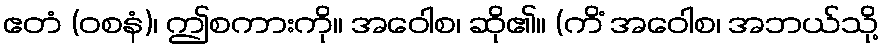
ဧတံ (ဝစနံ)၊ ဤစကားကို။ အဝေါစ၊ ဆို၏။ (ကိံ အဝေါစ၊ အဘယ်သို့